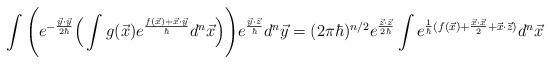
LaTeX: \begin{align*}\int \Bigg(e^{-{\vec y\cdot \vec y\over 2\hbar}}\Big(\int g(\vec x) e^{f(\vec x)+\vec x\cdot\vec y \over \hbar}d^n\vec x\Big)\Bigg)e^{\vec y\cdot \vec z\over \hbar}d^n\vec y=(2\pi\hbar)^{n/2}e^{{\vec z\cdot\vec z\over 2\hbar}}\int e^{{1\over \hbar}(f(\vec x)+{\vec x\cdot \vec x\over 2}+\vec x\cdot \vec z)}d^n\vec x\end{align*}